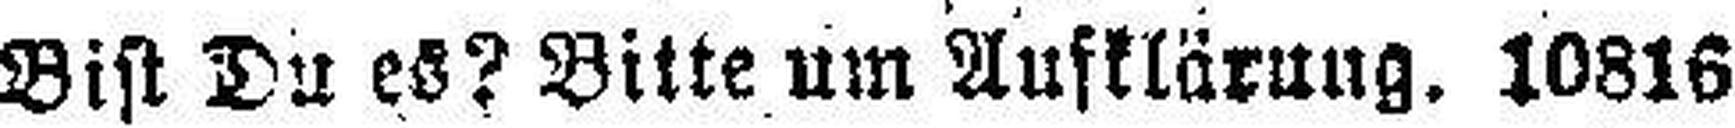
Bist Du es? Bitte um Aufklärung. 10816